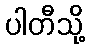
ပါတီသို့